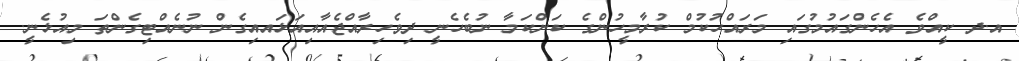
އ.ދ ކީއްވެ އެހެންގައުމުގައި މަރައްހުކުމް ކުރާމީހުންގެ ކަންކަމާ ނުބެހެނީ ދިވެހިރާއްޖެއާއިއަޅައއިގެން ނުނެއްޓިގެންތަ މިއުޅެނީ.